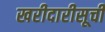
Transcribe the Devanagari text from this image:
खरीदारीसूची